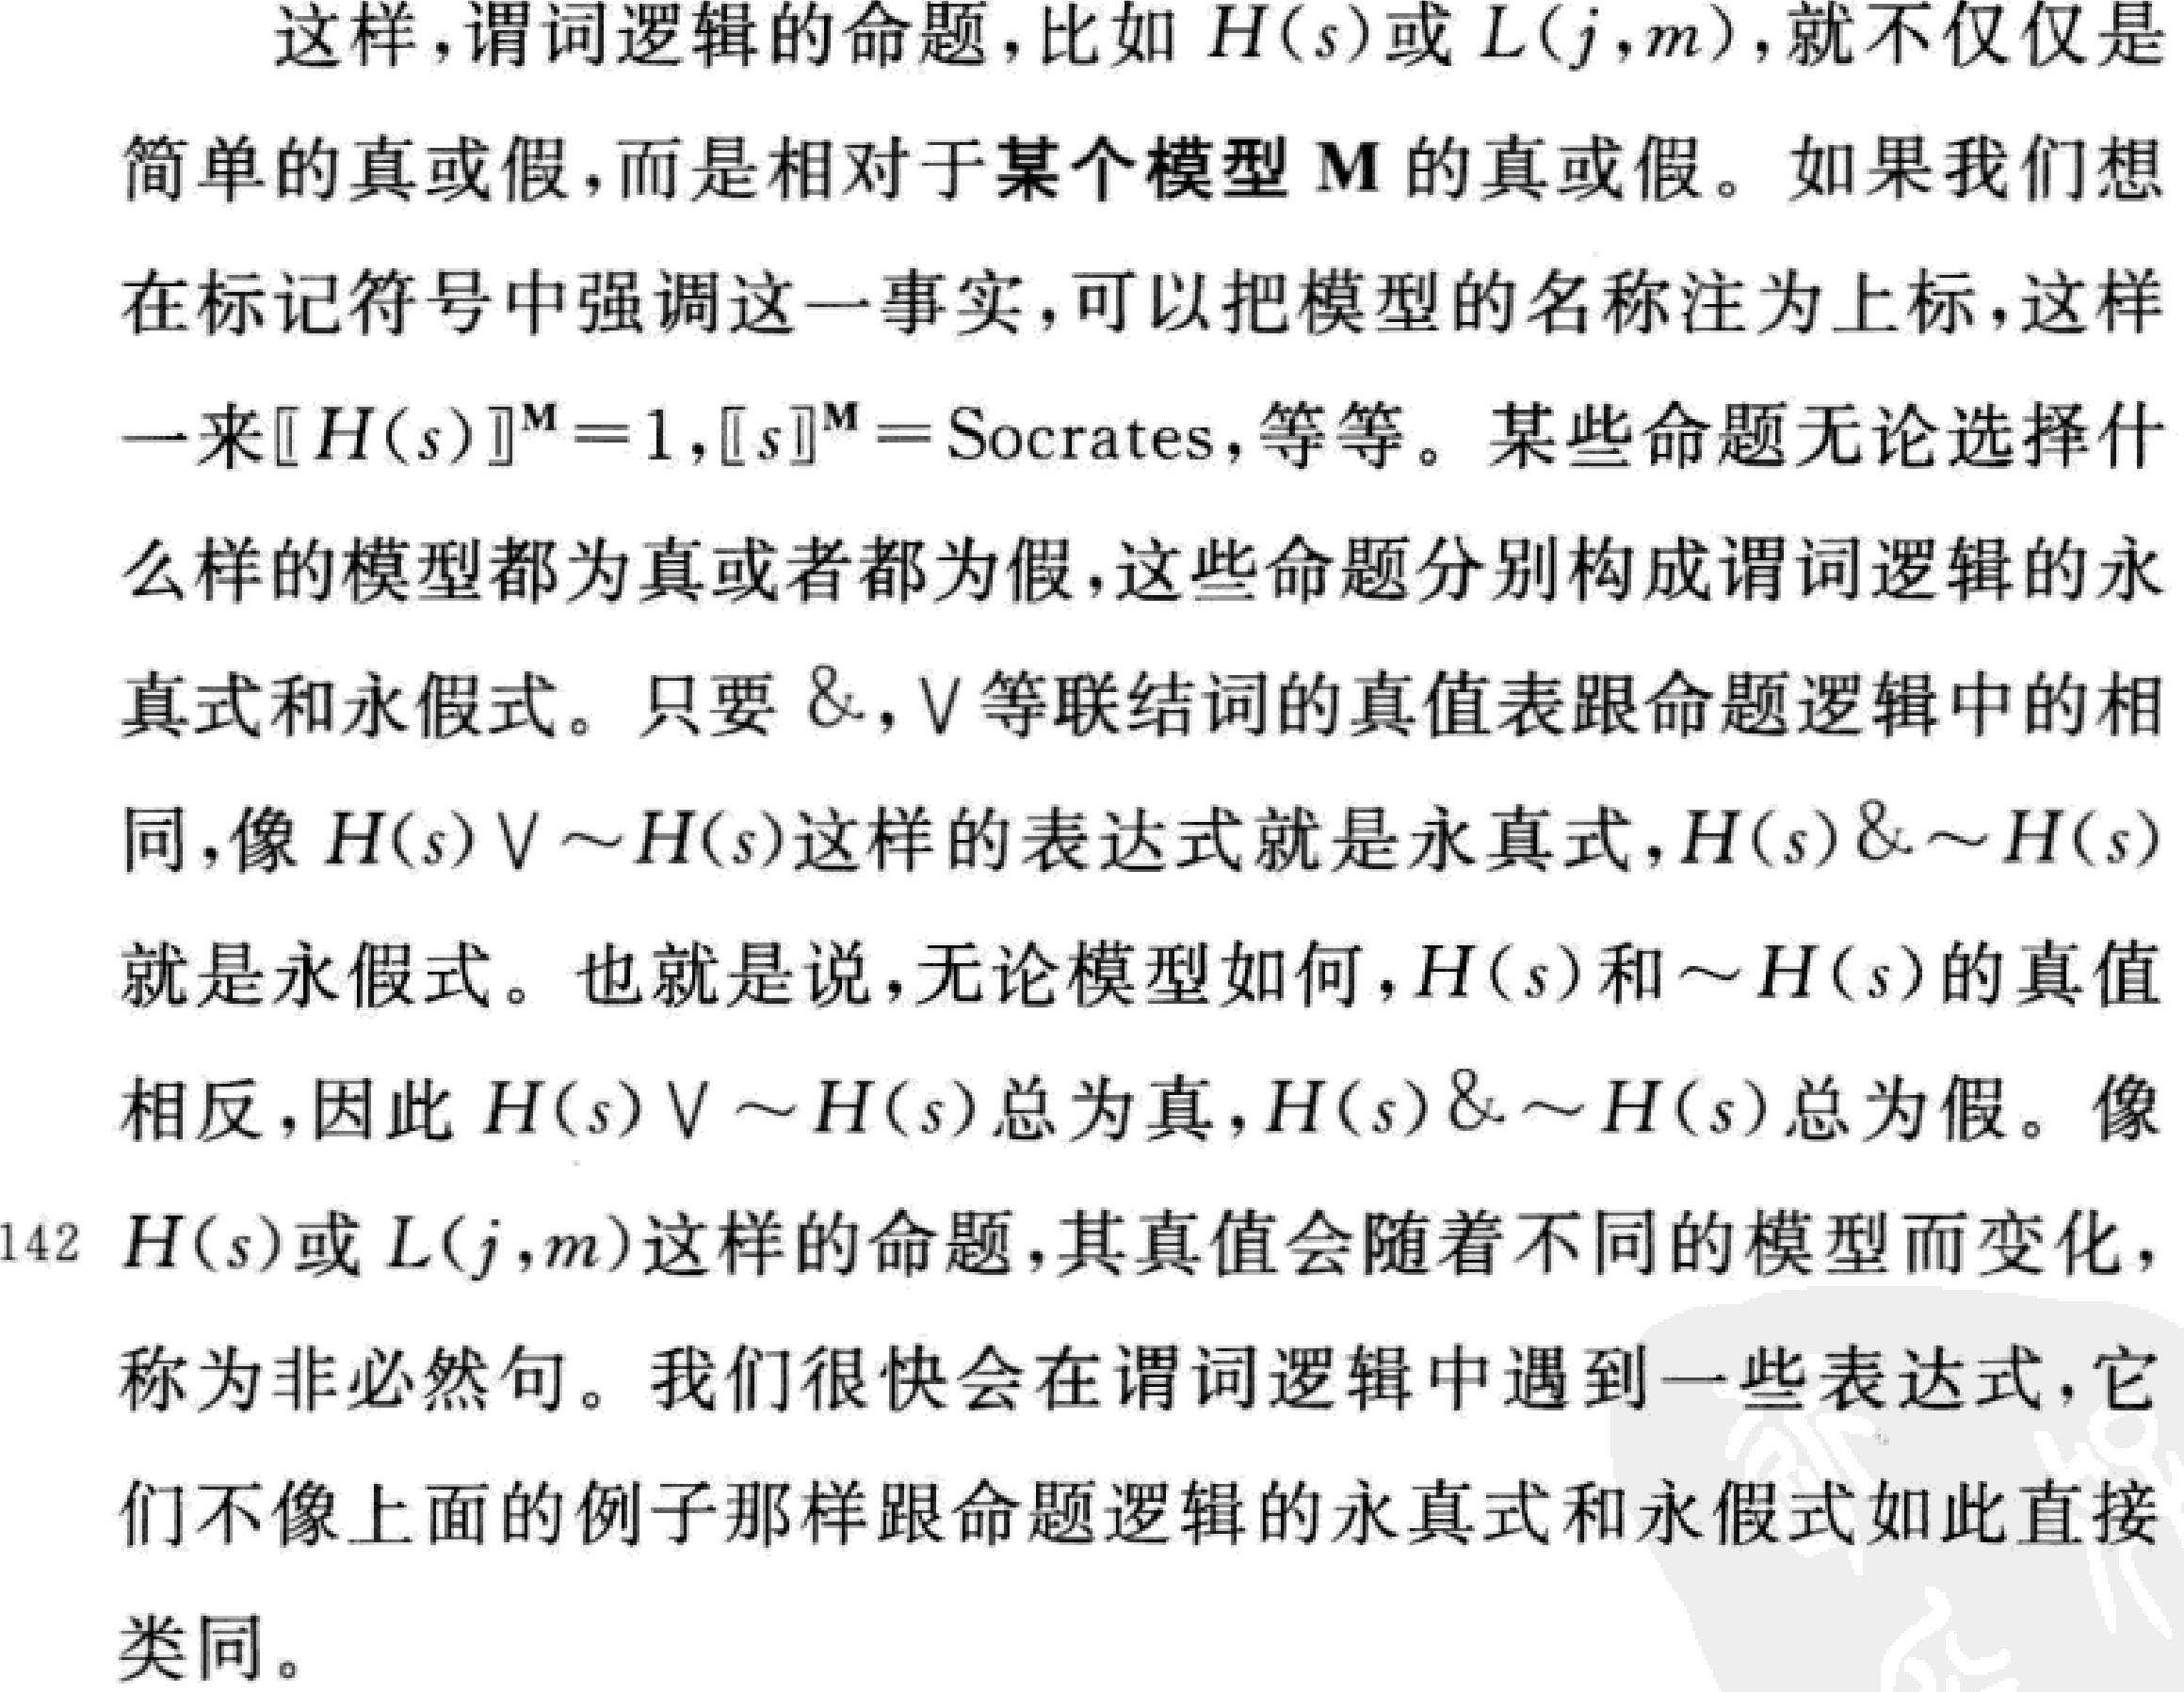
这样,谓词逻辑的命题,比如 \(H(s)\)或 \(L(j,m)\),就不仅仅是
简单的真或假,而是相对于某个模型 \(\mathbf{M}\) 的真或假。如果我们想
在标记符号中强调这一事实,可以把模型的名称注为上标,这样
一来\([[H(s)]]^{\mathbf{M}} = 1,[[s]]^{\mathbf{M}}=\text{Socrates}\),等等。某些命题无论选择什
么样的模型都为真或者都为假,这些命题分别构成谓词逻辑的永
真式和永假式。只要 \(\&,\vee\)等联结词的真值表跟命题逻辑中的相
同,像 \(H(s)\vee\sim H(s)\)这样的表达式就是永真式,\(H(s)\&\sim H(s)\)
就是永假式。也就是说,无论模型如何,\(H(s)\)和\(\sim H(s)\)的真值
相反,因此 \(H(s)\vee\sim H(s)\)总为真,\(H(s)\&\sim H(s)\)总为假。像
\(H(s)\)或 \(L(j,m)\)这样的命题,其真值会随着不同的模型而变化,
称为非必然句。我们很快会在谓词逻辑中遇到一些表达式,它
们不像上面的例子那样跟命题逻辑的永真式和永假式如此直接
类同。